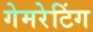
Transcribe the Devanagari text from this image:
गेमरेटिंग